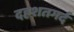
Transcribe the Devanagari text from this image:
दहशतगर्द